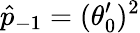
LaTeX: \hat{p}_{-1}=(\theta_{0}^{\prime})^{2}